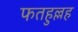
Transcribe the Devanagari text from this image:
फतहुल्लह